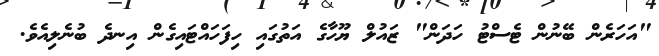
"އަހަރެން ބޭނުން ޓެސްޓު ހަދަން" ޒައުލް ޔޫހާގެ އަތުގައި ހިފަހައްޓައިގެން އިނދެ ބުނެލިއެވެ.